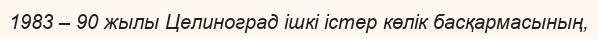
1983 – 90 жылы Целиноград ішкі істер көлік басқармасының,